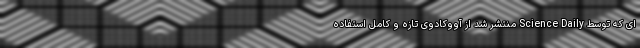
ای که توسط Science Daily منتشر شد از آووکادوی تازه و کامل استفاده